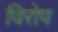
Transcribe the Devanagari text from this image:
विरोप